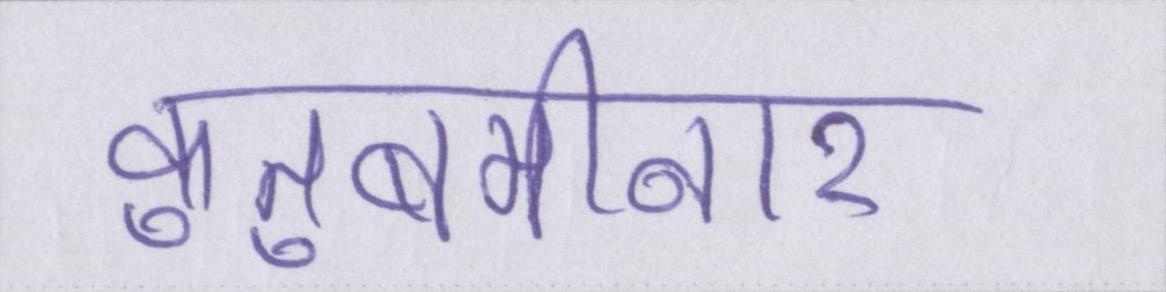
कुतुबमीनार